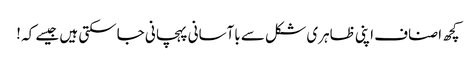
کچھ اصناف اپنی ظاہری شکل سے باآسانی پہچانی جاسکتی ہیں جیسے کہ !